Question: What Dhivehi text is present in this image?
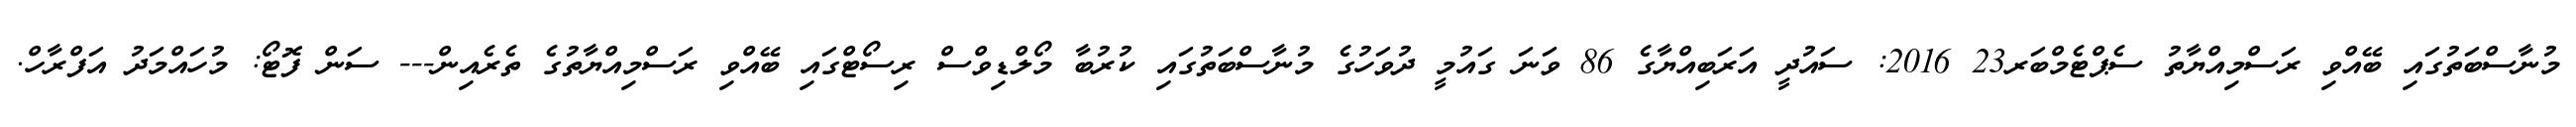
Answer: މުނާސްބަތުގައި ބޭއްވި ރަސްމިއްޔާތު ސެޕްޓެމްބަރ23 2016: ސައުދީ އަރަބިއްޔާގެ 86 ވަނަ ގައުމީ ދުވަހުގެ މުނާސްބަތުގައި ކުރުބާ މޯލްޑިވްސް ރިސޯޓްގައި ބޭއްވި ރަސްމިއްޔާތުގެ ތެރެއިން--- ސަން ފޮޓޯ: މުހައްމަދު އަފްރާހް.